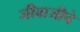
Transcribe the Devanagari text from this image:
जीवाजीचे